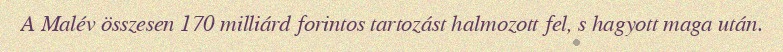
A Malév összesen 170 milliárd forintos tartozást halmozott fel, s hagyott maga után.